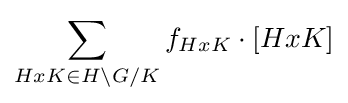
\sum _{HxK\in H\backslash G/K}f_{HxK}\cdot [HxK]